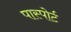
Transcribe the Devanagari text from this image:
पास्पोर्ट